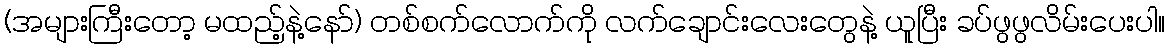
(အများကြီးတော့ မထည့်နဲ့နော်) တစ်စက်လောက်ကို လက်ချောင်းလေးတွေနဲ့ ယူပြီး ခပ်ဖွဖွလိမ်းပေးပါ။